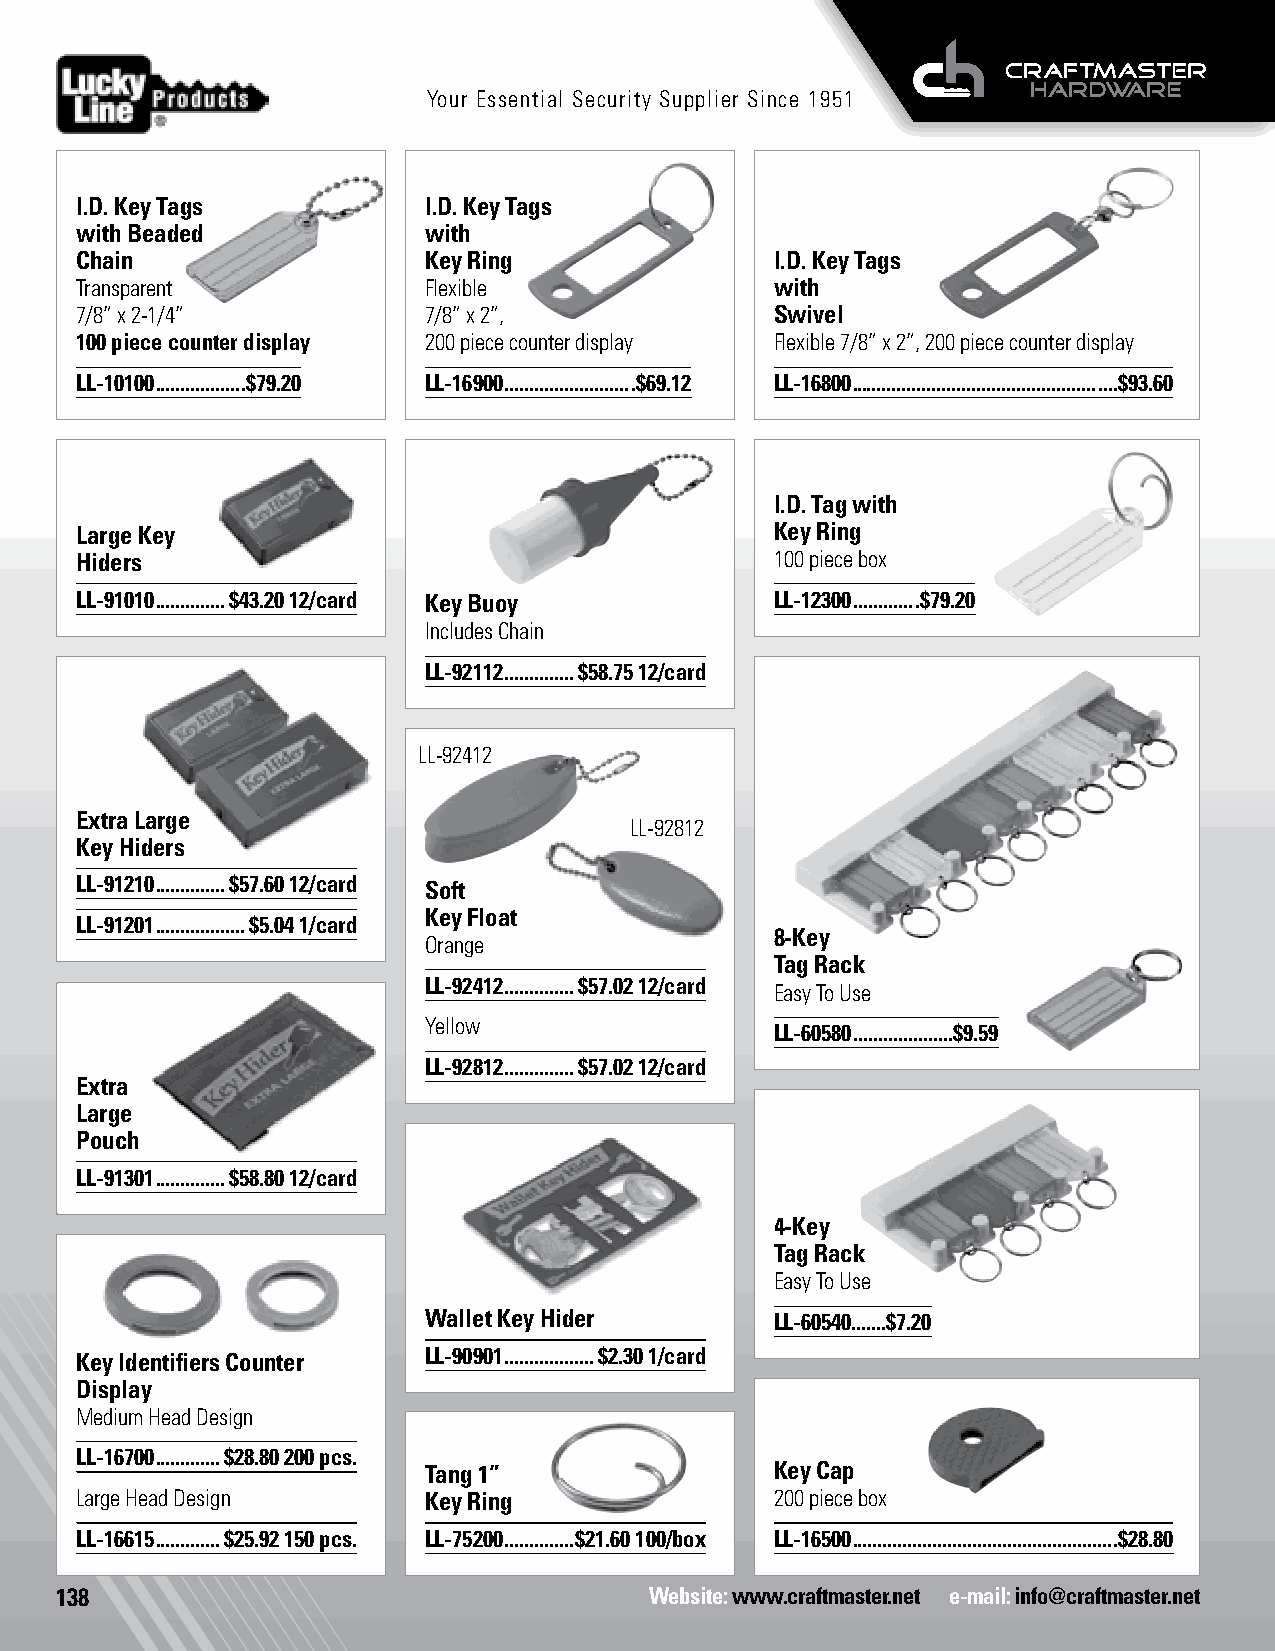
Your Essential Security Supplier Since 1951
 I.D. Key Tags          I.D. Key Tags
 with Beaded            with
 Chain                  Key Ring               I.D. Key Tags
 Transparent            Flexible               with
 7/8” x 2-1/4”          7/8” x 2”,             Swivel
 100 piece counter display 200 piece counter display Flexible 7/8” x 2”, 200 piece counter display
 LL-10100 ..................$79.20 LL-16900 ..........................$69.12 LL-16800 .....................................................$93.60
 I.D. Tag with
 Large Key                                     Key Ring
 Hiders                                        100 piece box
 LL-91010 ..............$43.20 12/card Key Buoy LL-12300 .............$79.20
 Includes Chain
 LL-92112 ..............$58.75 12/card
 Key Tags
 LL-92412
 Extra Large
 LL-92812
 Key Hiders
 LL-91210 ..............$57.60 12/card Soft
 Key Float
 LL-91201 ..................$5.04 1/card
 8-Key
 Orange
 Tag Rack
 LL-92412 ..............$57.02 12/card
 Easy To Use
 Yellow
 LL-60580 ....................$9.59
 LL-92812 ..............$57.02 12/card
 Extra
 Large
 Key Tags
 Pouch
 LL-91301 ..............$58.80 12/card
 4-Key
 Tag Rack
 Easy To Use
 Wallet Key Hider       LL-60540.......$7.20
 Key Identifiers Counter LL-90901 ..................$2.30 1/card
 Display
 Medium Head Design
 LL-16700 .............$28.80 200 pcs.
 Tang 1”                Key Cap
 Large Head Design      Key Ring               200 piece box
 LL-16615 .............$25.92 150 pcs. LL-75200 ..............$21.60 100/box LL-16500 .....................................................$28.80
 138                                    Website: www.craftmaster.net e-mail: info@craftmaster.net